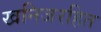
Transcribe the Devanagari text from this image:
खनिजरहित